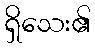
ရှိသေး၏